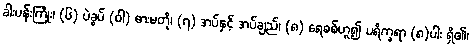
ခါးပန်းကြိုး၊ (၆) ပဲခွပ် (ဝါ) ဓားမတို၊ (၇) အပ်နှင့် အပ်ချည်၊ (၈) ရေစစ်ဟူ၍ ပရိက္ခရာ (၈)ပါး ရှိ၏၊